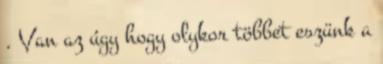
. Van az úgy hogy olykor többet eszünk a